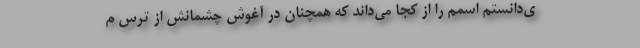
ی‌دانستم اسمم را از کجا می‌داند که همچنان در آغوش چشمانش از ترس م